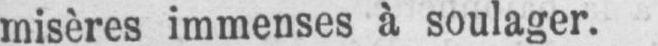
misères immenses à soulager.